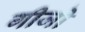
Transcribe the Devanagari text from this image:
गीजो